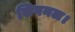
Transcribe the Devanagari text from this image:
सिगनल।